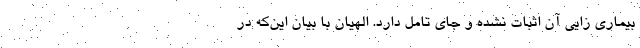
بیماری زایی آن اثبات نشده و جای تامل دارد. الهیان با بیان این‌که در